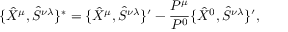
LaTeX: \{ \hat { X } ^ { \mu } , \hat { S } ^ { \nu \lambda } \} ^ { * } = \{ \hat { X } ^ { \mu } , \hat { S } ^ { \nu \lambda } \} ^ { \prime } - \frac { P ^ { \mu } } { P ^ { 0 } } \{ \hat { X } ^ { 0 } , \hat { S } ^ { \nu \lambda } \} ^ { \prime } ,